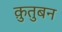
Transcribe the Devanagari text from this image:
क़ुतुबन